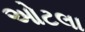
ઓટલા